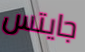
جايتس